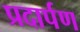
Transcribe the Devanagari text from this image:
प्रदार्पण